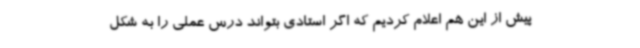
پیش از این هم اعلام کردیم که اگر استادی بتواند درس عملی را به شکل